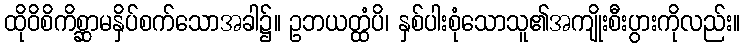
ထိုဝိစိကိစ္ဆာမနှိပ်စက်သောအခါ၌။ ဥဘယတ္ထံပိ၊ နှစ်ပါးစုံသောသူ၏အကျိုးစီးပွားကိုလည်း။